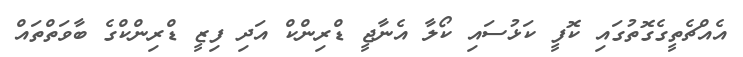
އެއްޗެތީގެގޮތުގައި ކޮފީ ކަޅުސައި ކޯލާ އެނާޖީ ޑްރިންކް އަދި ފިޒީ ޑްރިންކްގެ ބާވަތްތައް